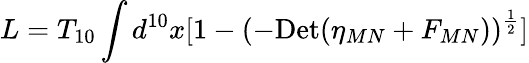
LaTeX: L=T_{10}\int d^{10}x[1-(-\mathrm{Det}(\eta_{MN}+F_{MN}))^{{\frac{1}{2}}}]